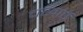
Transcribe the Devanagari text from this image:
चखाएॅ